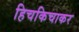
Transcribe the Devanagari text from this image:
हिचकिचाकर